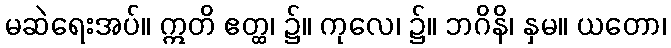
မဆဲရေးအပ်။ ဣတိ ဧတ္ထ၊ ၌။ ကုလေ၊ ၌။ ဘဂိနိ၊ နှမ။ ယတော၊